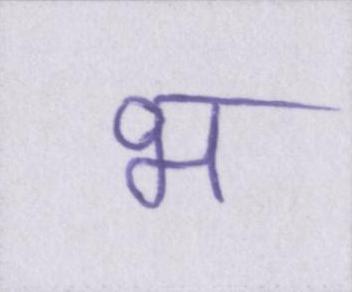
भ